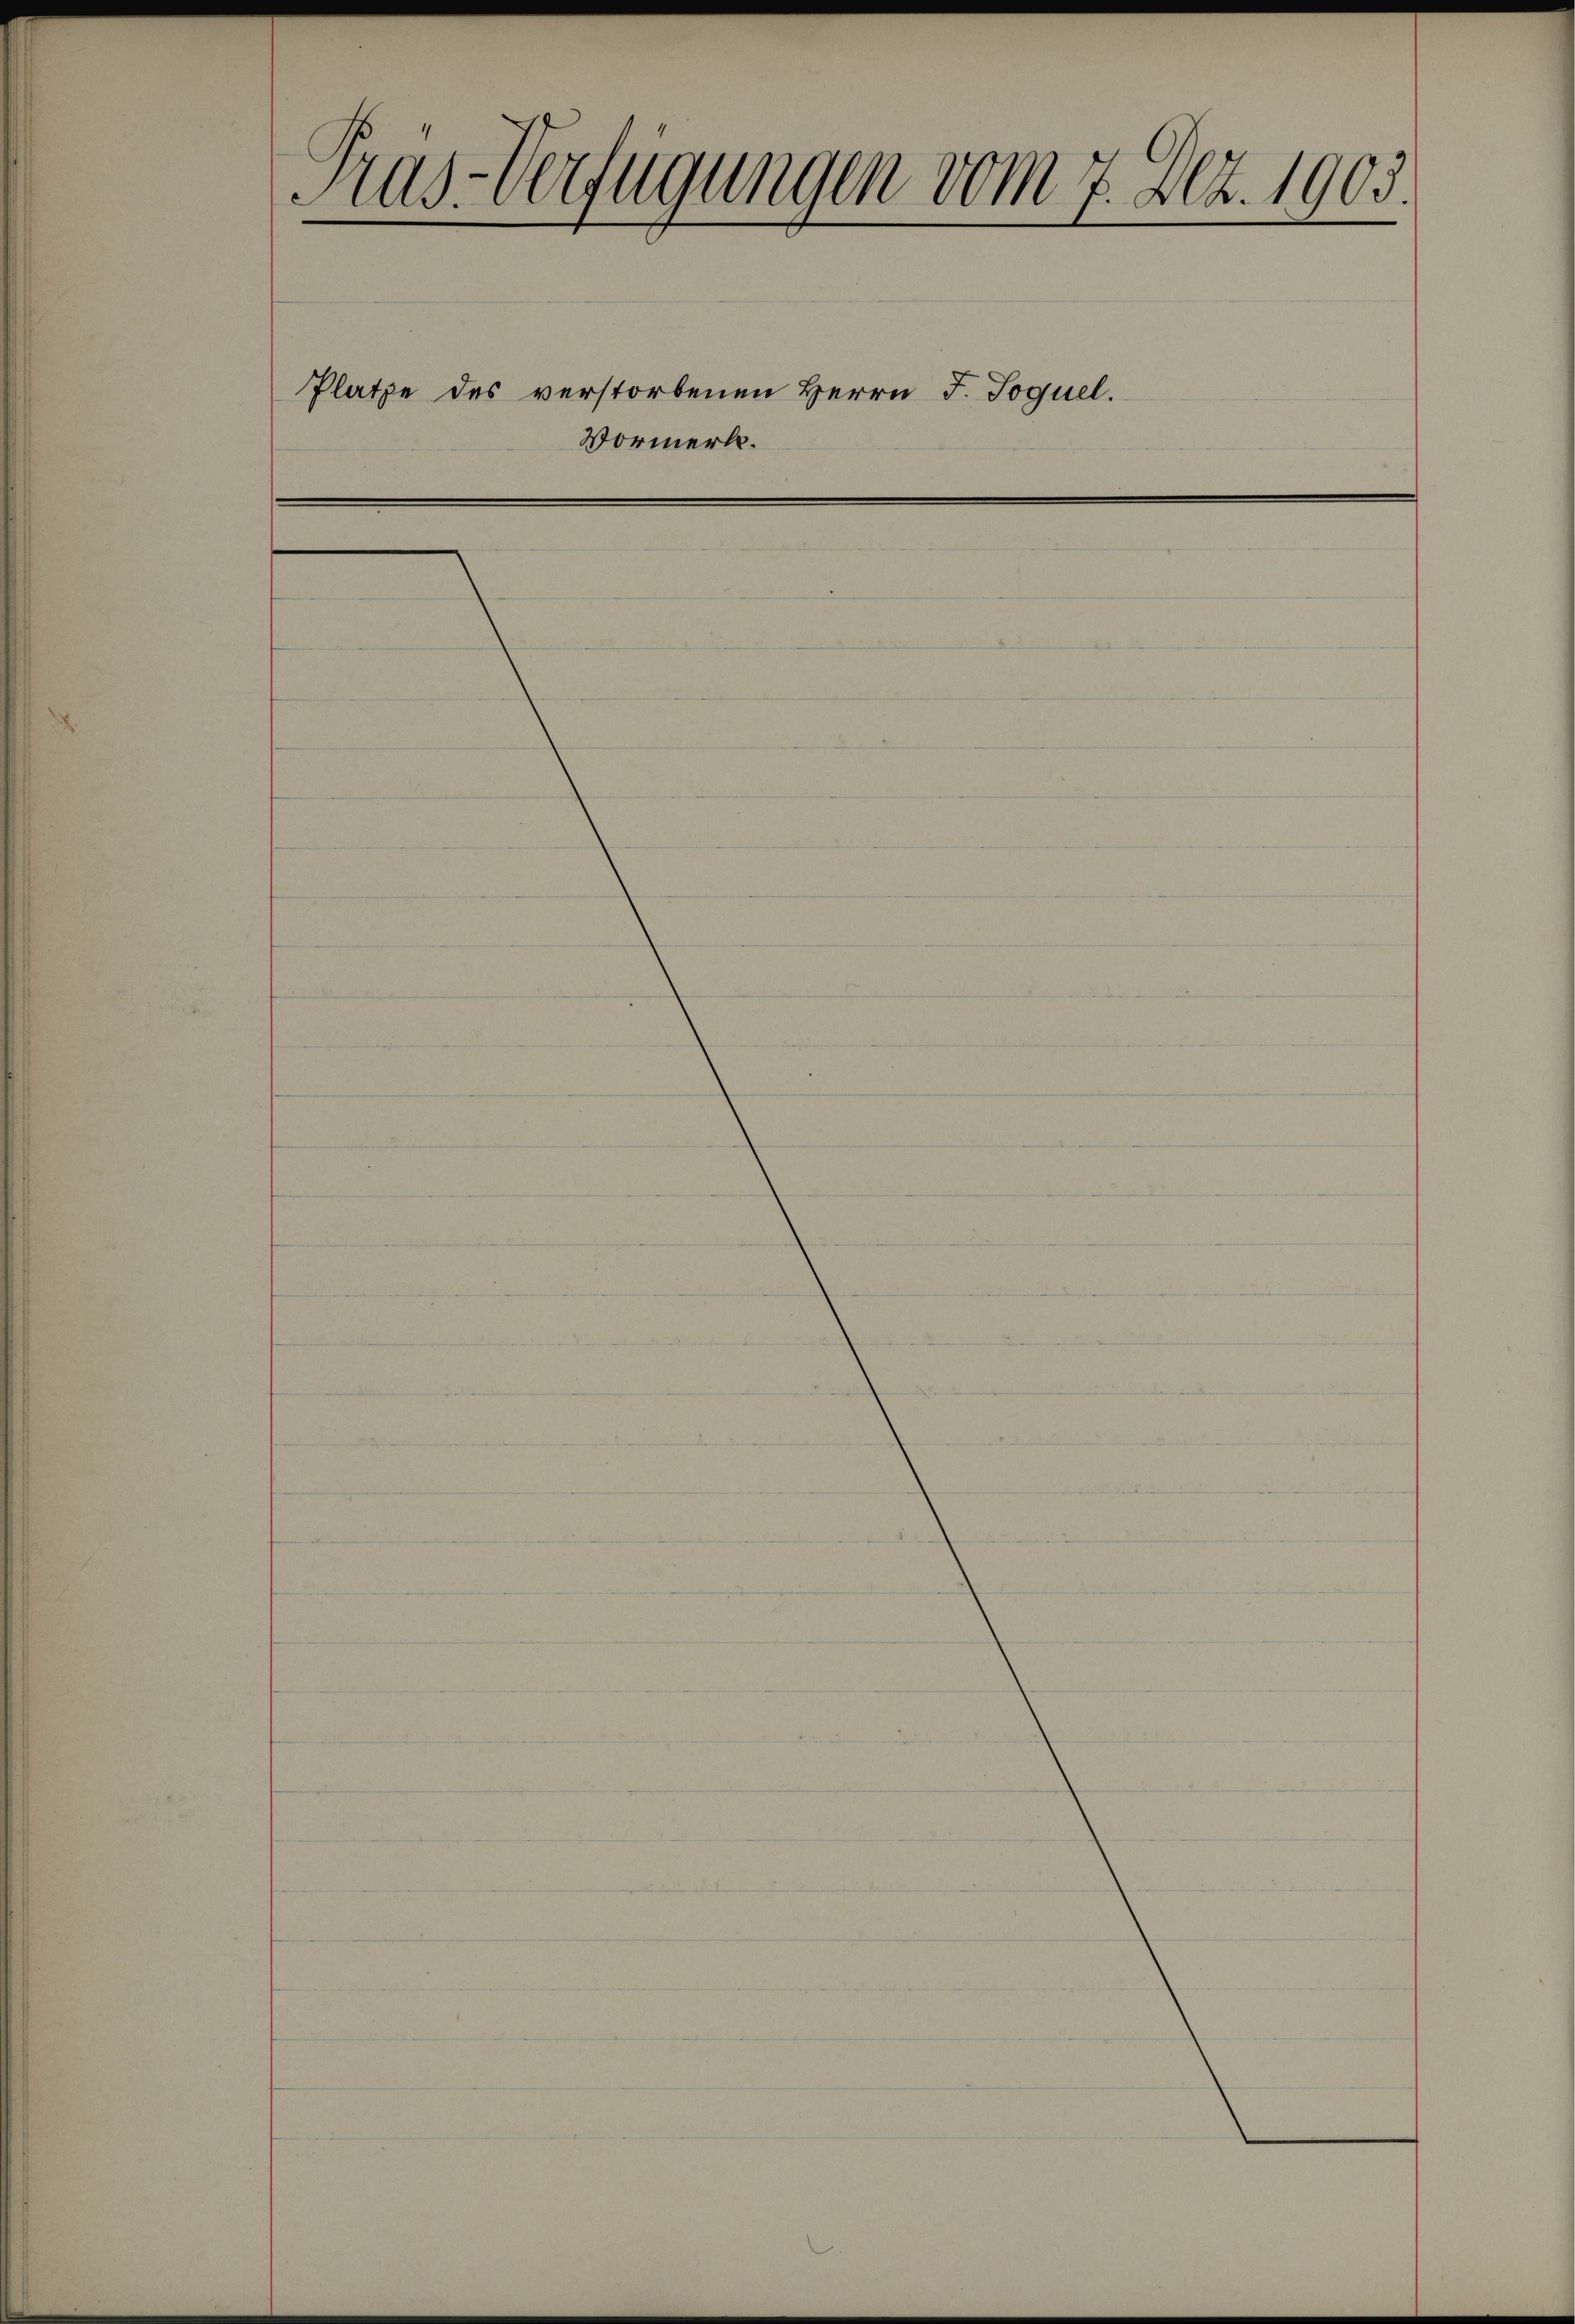
Prus-Verfügungen vom 7. Dez. 1903.

Vormerk.

Platze des verstorbenen Herrn J. Joquel